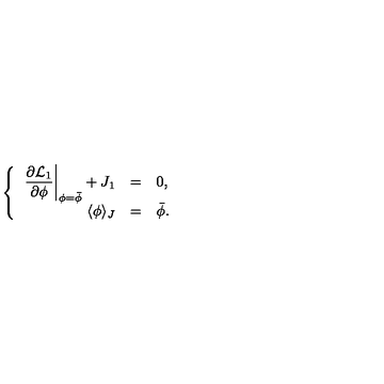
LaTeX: \left\{ \begin{array} { r c l } { \displaystyle \left. \frac { \partial { \cal L } _ { 1 } } { \partial \phi } \right| _ { \phi = \bar { \phi } } + J _ { 1 } } & { = } & { 0 , } \\ { \langle \phi \rangle _ { J } } & { = } & { \bar { \phi } . } \\ \end{array} \right.